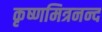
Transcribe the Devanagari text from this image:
कृष्णमित्रनन्द